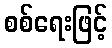
စစ်ရေးဖြင့်